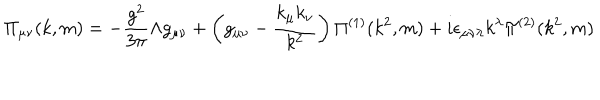
\Pi _ { \mu \nu } ( k , m ) = - \frac { g ^ { 2 } } { 3 \pi } \Lambda g _ { \mu \nu } + \left( g _ { \mu \nu } - \frac { k _ { \mu } k _ { \nu } } { k ^ { 2 } } \right) \Pi ^ { ( 1 ) } ( k ^ { 2 } , m ) + i \epsilon _ { \mu \nu \lambda } k ^ { \lambda } \Pi ^ { ( 2 ) } ( k ^ { 2 } , m )